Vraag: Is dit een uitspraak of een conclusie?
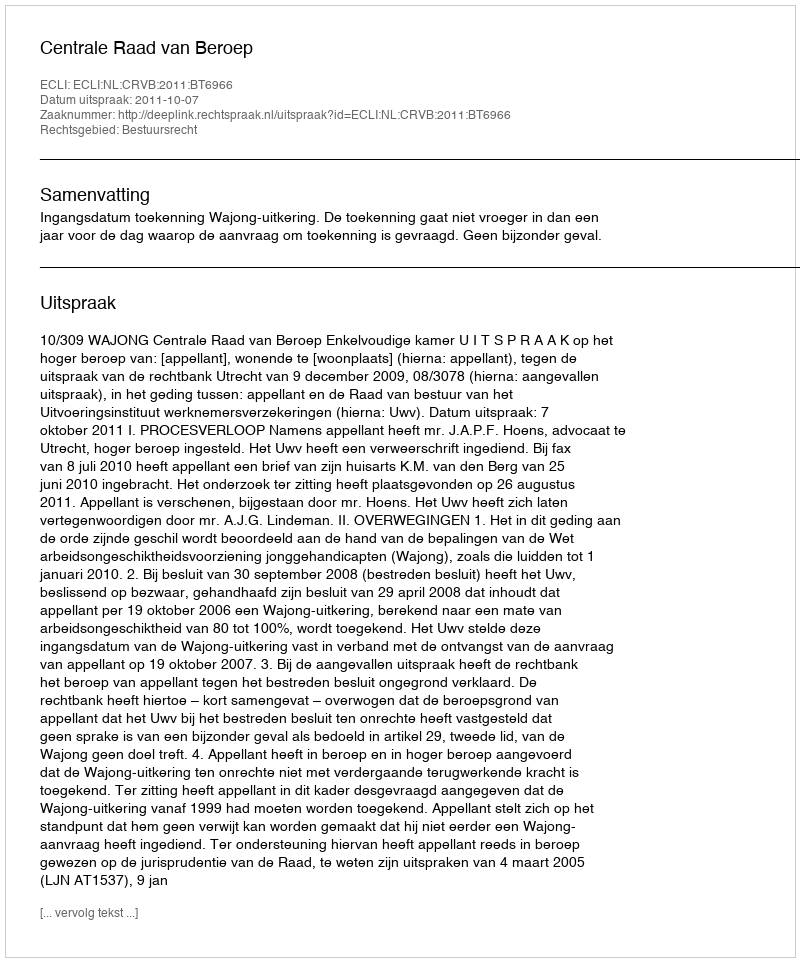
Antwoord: Uitspraak